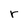
Character: r